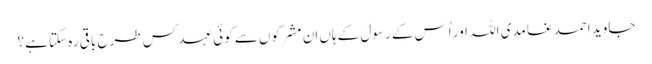
جاوید احمد غامدی اللہ اور اُس کے رسول کے ہاں اِن مشرکوں سے کوئی عہد کس طرح باقی رہ سکتا ہے؟